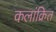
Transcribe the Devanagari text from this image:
कलांक्रित